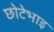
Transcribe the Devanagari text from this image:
छोटेभाइ